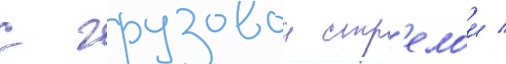
с грузовои стр'елои /